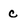
Character: c